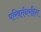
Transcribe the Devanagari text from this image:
परिवर्तनरहित